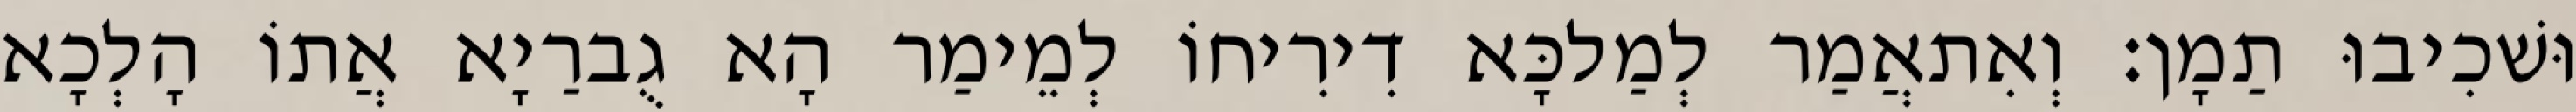
וּשׁכִיבוּ תַמָן׃ וְאִתאֲמַר לְמַלכָּא דִירִיחוֹ לְמֵימַר הָא גֻברַיָא אֲתוֹ הָלְכָא